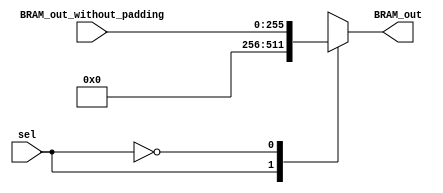
module mux_padding_2_1_L10_L16  #(parameter N_adder_tree=16)(BRAM_out,sel,BRAM_out_without_padding);
output reg  [N_adder_tree*16-1:0] BRAM_out;
input  wire [N_adder_tree*16-1:0] BRAM_out_without_padding;
input  wire sel;

always@(*)
	case(sel)
		1'b1: BRAM_out=256'b0000000000000000000000000000000000000000000000000000000000000000000000000000000000000000000000000000000000000000000000000000000000000000000000000000000000000000000000000000000000000000000000000000000000000000000000000000000000000000000000000000000000000000;
		1'b0: BRAM_out=BRAM_out_without_padding;
	endcase
	
endmodule